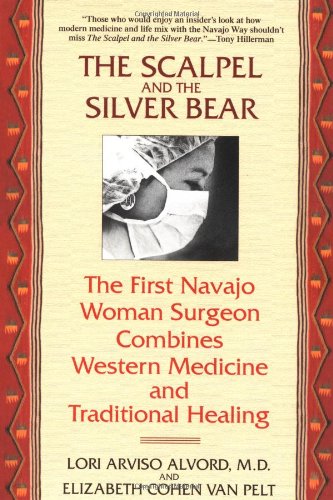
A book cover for The Scalpel and the Silver Bear: The First Navajo Woman Surgeon Combines Western Medicine and Traditional Healing; Lori Alvord; Biographies & Memoirs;